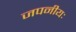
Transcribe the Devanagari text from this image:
जपनीयः